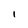
Character: 1